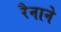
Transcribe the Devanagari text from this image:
रैनाने